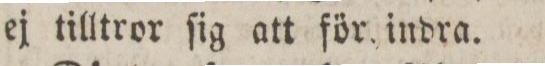
ej tilltror ſig att för indra.